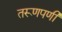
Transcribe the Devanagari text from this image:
तरूणपणी